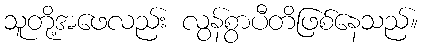
သူတို့အဖေလည်း လွန်စွာပီတိဖြစ်နေသည်။